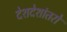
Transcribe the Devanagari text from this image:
देशदेशांतरों